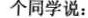
个同学说：